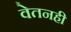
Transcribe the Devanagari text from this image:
वेतनही